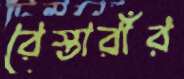
রেস্তারাঁর